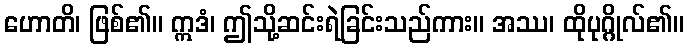
ဟောတိ၊ ဖြစ်၏။ ဣဒံ၊ ဤသို့ဆင်းရဲခြင်းသည်ကား။ အဿ၊ ထိုပုဂ္ဂိုလ်၏။